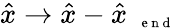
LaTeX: \hat{x}\to\hat{x}-\hat{x}_{\mathrm{~{~\scriptsize~e~n~d~}~}}